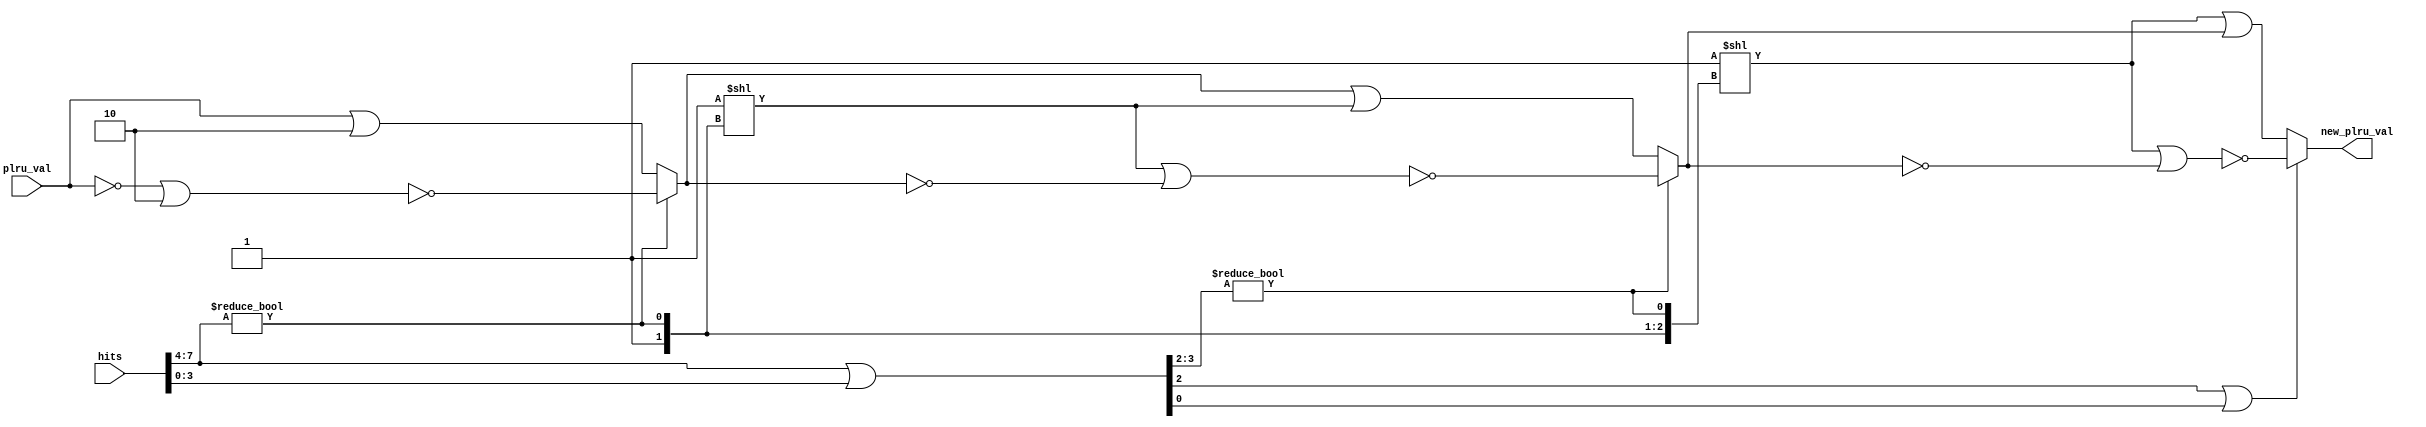
module plru(
input [8:0] hits,
input [7:0] plru_val,

output [7:0] new_plru_val
);

wire T_491;
wire [3:0] T_492;
wire T_496;
wire T_498;
wire [2:0] T_500;

wire [2:0] T_523;
wire [1:0] T_512;
wire [7:0] T_528;
wire [7:0] T_522;
wire [3:0] T_517;
wire [7:0] GEN_63;
wire [7:0] T_529;
wire [7:0] T_532;

wire T_504;
wire [7:0] T_507;
wire [7:0] T_509;
wire [7:0] T_510;
wire [7:0] T_511;

assign T_507 = plru_val | ({{6'd0}, (2'h1 << 1'h1)});
assign T_509 = (~plru_val) | ({{6'd0}, (2'h1 << 1'h1)});
assign T_510 = ~T_509;
assign T_511 = T_504 ? T_507 : T_510;

assign T_491 = hits[7:4] != 4'h0;
assign T_492 = hits[7:4] | hits[3:0];
assign T_496 = T_492[3:2] != 2'h0;
assign T_498 = T_492[3:2] | T_492[1:0];
assign T_500 = {T_491, T_496, T_498};

assign T_512 = {1'h1, T_500[2]};
assign T_523 = {T_512, T_500[1]};
assign T_528 = 8'h1 << T_523;
assign T_517 = 4'h1 << T_512;
assign GEN_63 = {4'h0, T_517};
assign T_522 = !T_500[1] ? (T_511 | GEN_63) : ~(GEN_63 | (~T_511));
assign T_529 = T_528 | T_522;
assign T_532 = ~(T_528 | ~T_522);

assign new_plru_val = (!T_500[0]) ? T_529 : T_532;
assign T_504 = T_500[2] == 1'h0;

endmodule